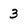
Character: 3